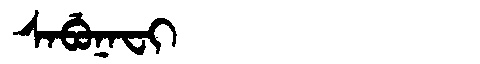
Manchu: ᠰᠠᠪᡠᠨᠠᠸᡳ
Romanization: SABUNAFI